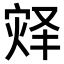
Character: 𪹀